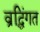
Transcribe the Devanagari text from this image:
व्रद्धिंगत